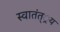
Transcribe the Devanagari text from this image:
स्वातंत््रय